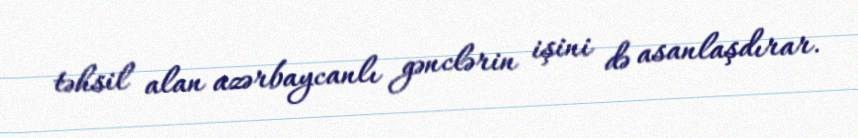
təhsil alan azərbaycanlı gənclərin işini də asanlaşdırar.